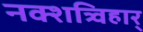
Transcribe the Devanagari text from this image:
नक्शत्र्विहार्